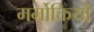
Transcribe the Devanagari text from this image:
मर्मोक्तियों